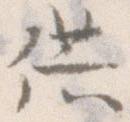
供